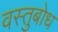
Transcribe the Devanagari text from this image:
वस्तुबोध